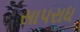
સાપરાધ